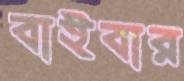
বাইবার